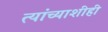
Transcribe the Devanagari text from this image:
त्यांच्याशीही